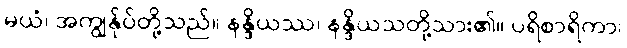
မယံ၊ အကျွန်ုပ်တို့သည်။ နန္ဒိယဿ၊ နန္ဒိယသတို့သား၏။ ပရိစာရိကာ၊